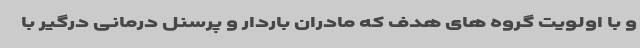
و با اولویت گروه های هدف که مادران باردار و پرسنل درمانی درگیر با